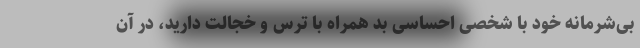
بی‌شرمانهٔ خود با شخصی احساسی بد همراه با ترس و خجالت دارید، در آن